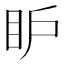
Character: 𥄅